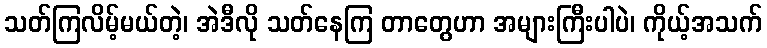
သတ်ကြလိမ့်မယ်တဲ့၊ အဲဒီလို သတ်နေကြ တာတွေဟာ အများကြီးပါပဲ၊ ကိုယ့်အသက်